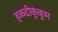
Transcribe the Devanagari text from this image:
हळदीकुंकुम